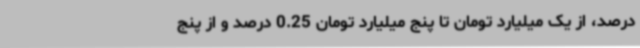
درصد، از یک میلیارد تومان تا پنج میلیارد تومان 0.25 درصد و از پنج